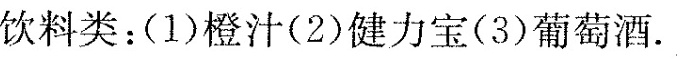
饮料类：(1)橙汁(2)健力宝(3)葡萄酒。